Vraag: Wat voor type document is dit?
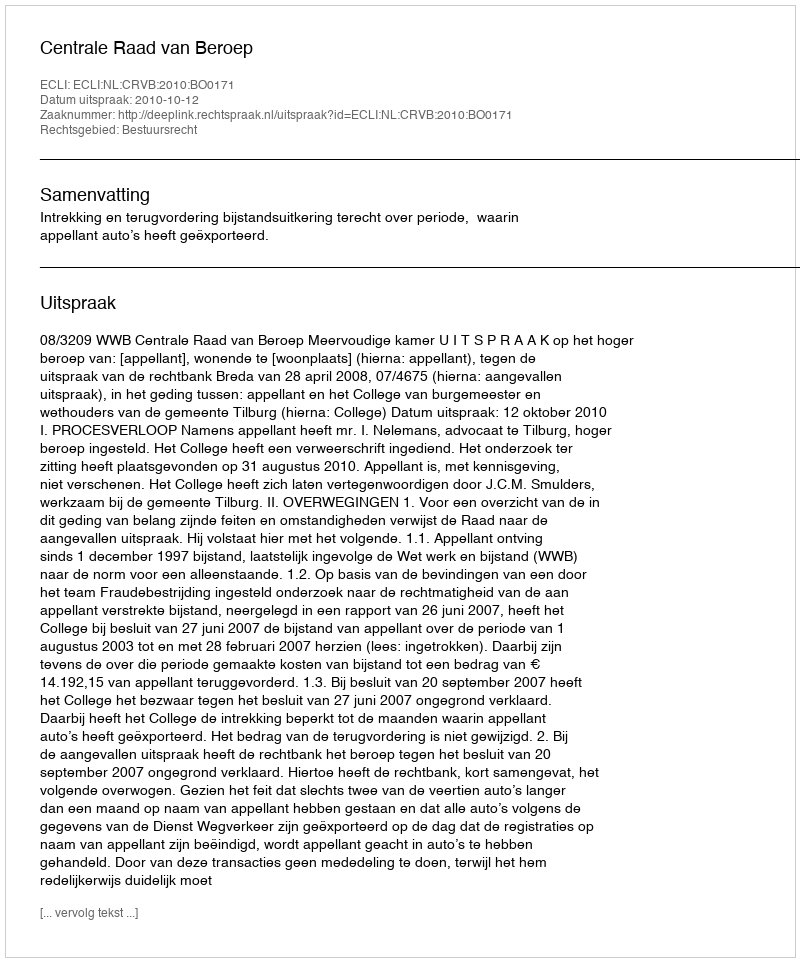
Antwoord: Uitspraak